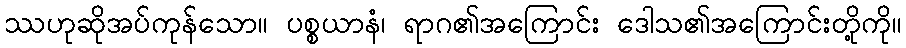
ဿဟုဆိုအပ်ကုန်သော။ ပစ္စယာနံ၊ ရာဂ၏အကြောင်း ဒေါသ၏အကြောင်းတို့ကို။